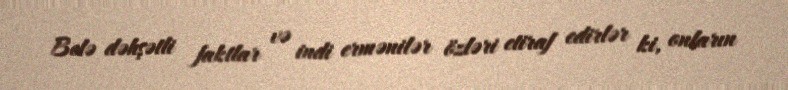
Belə dəhşətli faktlar və indi ermənilər özləri etiraf edirlər ki, onların